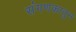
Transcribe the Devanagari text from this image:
संगणकातुन